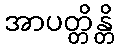
အာပတ္တိန္တိ